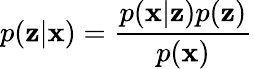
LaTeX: p(\textbf{z}|\textbf{x})=\frac{p(\textbf{x}|\textbf{z})p(\textbf{z})}{p(\textbf{x})}